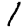
Digit: 1